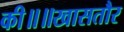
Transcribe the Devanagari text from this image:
की॥॥खासतौर